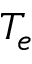
T _ { e }